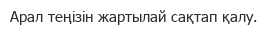
Арал теңізін жартылай сақтап қалу.